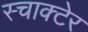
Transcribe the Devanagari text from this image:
स्चाक्टेर